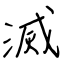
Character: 滅